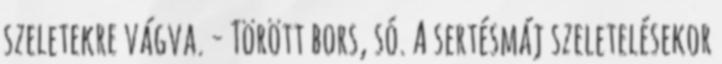
szeletekre vágva. - Törött bors, só. A sertésmáj szeletelésekor